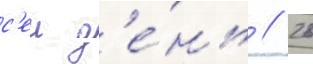
с'еи д'е́нь // 26